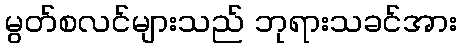
မွတ်စလင်များသည် ဘုရားသခင်အား